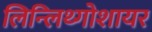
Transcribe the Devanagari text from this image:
लिन्लिथ्गोशायर